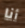
أنا